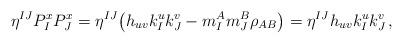
LaTeX: \begin{align*} \eta^{IJ} P^x_I P^x_J = \eta^{IJ} \big( h_{uv} k^u_I k^v_J - m^A_I m^B_J \rho_{AB} \big) = \eta^{IJ} h_{uv} k^u_I k^v_J \, ,\end{align*}